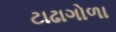
ટાઢાગોળા